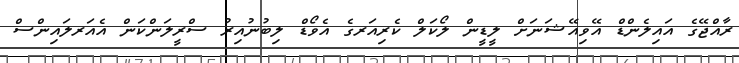
ރާއްޖޭގެ އައިލެންޑް އޭވިއޭޝަނަށް ލީޑީން ލޯކަލް ކެރިއަރގެ އެވޯޑް ލިބުނުއިރު ސްރީލަންކަން އެއަރލައިންސް